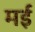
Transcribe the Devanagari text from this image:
मर्इ